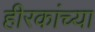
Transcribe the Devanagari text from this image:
हीरकांच्या